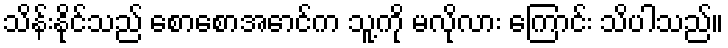
သိန်းနိုင်သည် စောစောအောင်က သူ့ကို မလိုလား ကြောင်း သိပါသည်။